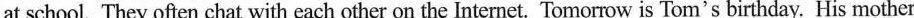
at school. They often chat with each other on the Internet. Tomorrow is Tom's birthday. His mother